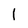
Character: 1